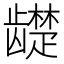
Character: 𬺓